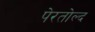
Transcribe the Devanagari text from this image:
पेरतोल्द